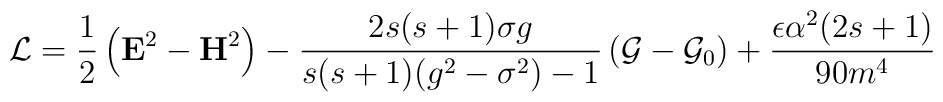
\mathcal{L}=\frac 12\left( \mathbf{E}^2-\mathbf{H}^2\right) -\frac{2s(s+1)\sigma g}{s(s+1)(g^2-\sigma ^2)-1}\left( \mathcal{G}-\mathcal{G}_0\right) +\frac{\epsilon \alpha ^2(2s+1)}{90m^4}